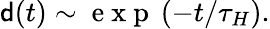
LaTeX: {\mathsf{d}}(t)\sim\mathrm{~e~x~p~}\, (-t/\tau_{H}).